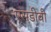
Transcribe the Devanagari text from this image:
एसडीवी